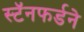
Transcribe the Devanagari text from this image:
स्टॅनफर्डने